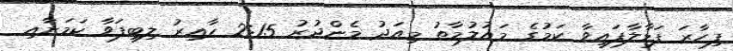
ފިހާރަ ފަޅާލާފައިވާ ކަމުގެ މައުލުމާތު މިއަދު މެންދުރު 2:15 ހާއިރު ލިބިފަވާ ކަމަށާއި